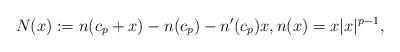
LaTeX: \begin{align*}N(x) := n(c_p + x) - n(c_p) - n'(c_p) x, n(x) = x |x|^{p-1}, \end{align*}